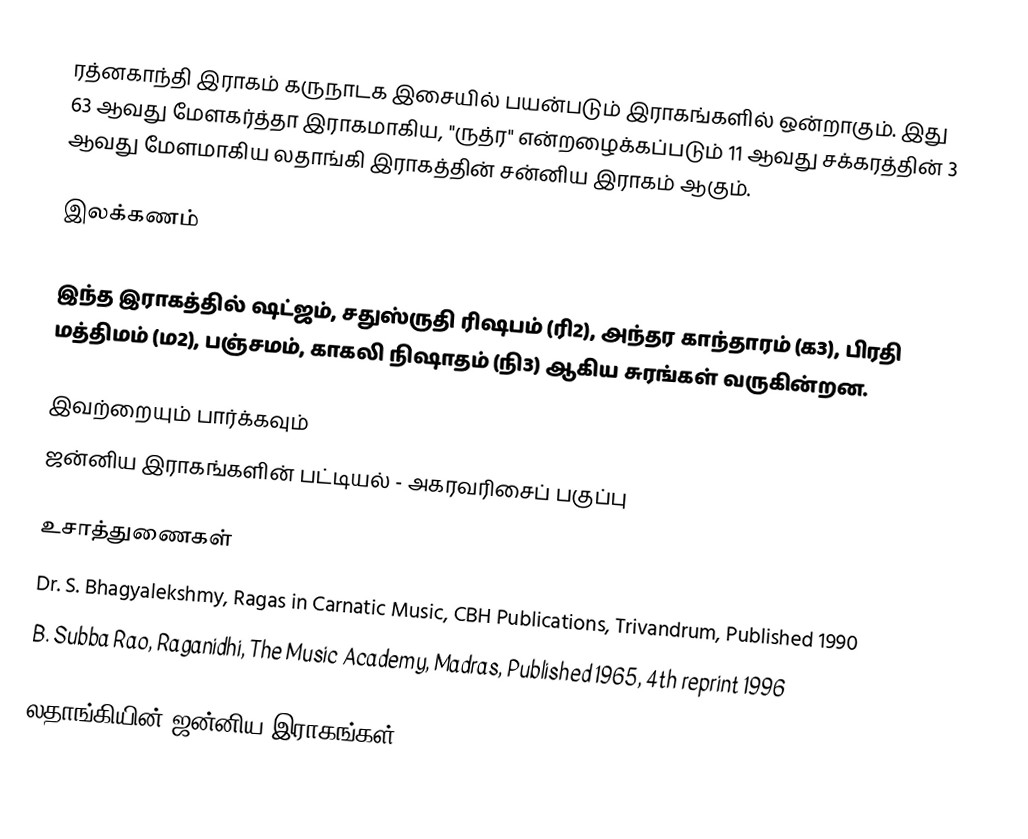
ரத்னகாந்தி இராகம் கருநாடக இசையில் பயன்படும் இராகங்களில் ஒன்றாகும். இது 63 ஆவது மேளகர்த்தா இராகமாகிய, "ருத்ர" என்றழைக்கப்படும் 11 ஆவது சக்கரத்தின் 3 ஆவது மேளமாகிய லதாங்கி இராகத்தின் சன்னிய இராகம் ஆகும்.

இலக்கணம்

இந்த இராகத்தில் ஷட்ஜம், சதுஸ்ருதி ரிஷபம் (ரி2),  அந்தர காந்தாரம் (க3), பிரதி மத்திமம் (ம2), பஞ்சமம், காகலி நிஷாதம்  (நி3) ஆகிய சுரங்கள் வருகின்றன.

இவற்றையும் பார்க்கவும்
 ஜன்னிய இராகங்களின் பட்டியல் - அகரவரிசைப் பகுப்பு

உசாத்துணைகள்
 Dr. S. Bhagyalekshmy, Ragas in Carnatic Music, CBH Publications, Trivandrum, Published 1990
 B. Subba Rao, Raganidhi, The Music Academy, Madras, Published 1965, 4th reprint 1996

லதாங்கியின் ஜன்னிய இராகங்கள்